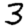
Digit: 3